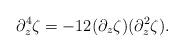
LaTeX: \begin{align*} \partial_z^4\zeta = -12(\partial_z\zeta)(\partial_z^2\zeta).\end{align*}